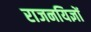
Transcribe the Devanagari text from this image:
राजनयिज्ञों